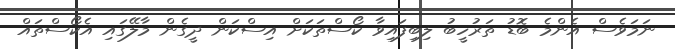
ނަމަވެސް އެންމެ ބޮޑު ތަރުހީބު ލިބިފައިވާ ކޯސްތަކަށް އިސްކަން ދީގެން މާލޭގައި އެކޯސްތައް